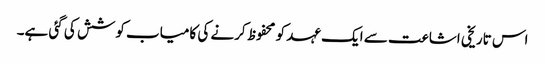
اس تاریخی اشاعت سے ایک عہد کو محفوظ کرنے کی کامیاب کوشش کی گئی ہے۔